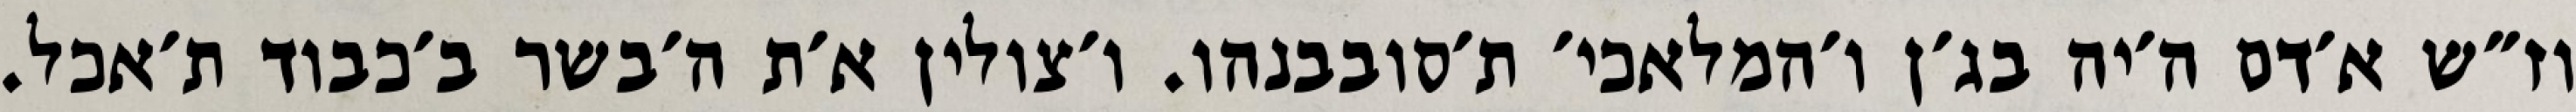
וז״ש א׳דם ה׳יה בג׳ן ו׳המלאכי׳ ת׳סובבנהו. ו׳צולין א׳ת ה׳בשר ב׳כבוד ת׳אכל.